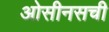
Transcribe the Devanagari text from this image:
ओसीनसची